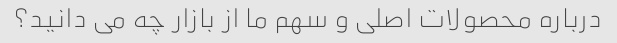
درباره محصولات اصلی و سهم ما از بازار چه می دانید؟